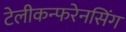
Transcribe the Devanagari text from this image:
टेलीकन्फरेनसिंग